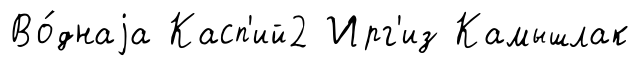
Во́днаjа Касп'ий2 Ирг'из Камышлак